Sketch of the medical history of the native army of Bombay, for the year
Year: 1875
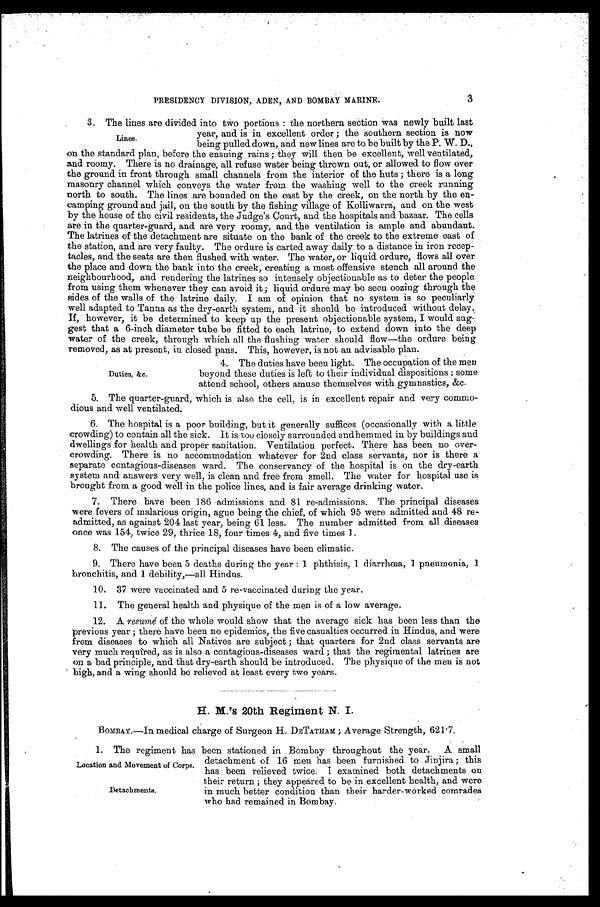
3
PRESIDENCY DIVISION, ADEN, AND BOMBAY MARINE.
3. The lines are divided into two portions: the northern section was newly built last
year, and is in excellent order; the southern section is now
being pulled down, and new lines are to be built by the P. W. D.,
on the standard plan, before the ensuing rains; they will then be excellent, well ventilated,
and roomy. There is no drainage, all refuse water being thrown out, or allowed to flow over
the ground in front through small channels from the interior of the huts; there is a long
masonry channel which conveys the water from the washing well to the creek running
north to south. The lines are bounded on the east by the creek, on the north by the e
n -
camping ground and jail, on the south by the fishing village of Kolliwarra, and on the west
by the house of the civil residents, the Judge's Court, and the hospitals and bazaar. The cells
are in the quarter-guard, and are very roomy, and the ventilation is ample and abundant.
The latrines of the detachment are situate on the bank of the creek to the extreme east of
the station, and are very faulty. The ordure is carted away daily to a distance in iron recep
-
tacles, and the seats are then flushed with water. The water, or liquid ordure, flows all over
the place and down the bank into the creek, creating a most offensive stench all around the
neighbourhood, and rendering the latrines so intensely objectionable as to deter the people
from using them whenever they can avoid it; liquid ordure may be seen oozing through the
sides of the walls of the latrine daily. I am of opinion that no system is so peculiarly
well adapted to Tanna as the dry-earth system, and it should be introduced without delay.
If, however, it be determined to keep up the present objectionable system, I would sug
gest that a 6-inch diameter tube be fitted to each latrine, to extend down into the deep
water of the creek, through which all the flushing water should flow—the ordure being
removed, as at present, in closed pans. This, however, is not an advisable plan.
4. The duties have been light. The occupation of the men
beyond these duties is left to their individual dispositions: some
attend school, others amuse themselves with gymnastics, &c.
5. The quarter-guard, which is also the cell, is in excellent repair and very commo
-
dious and well ventilated.
6. The hospital is a poor building, but it generally suffices (occasionally with a little
crowding) to contain all the sick. It is too closely surrounded and hemmed in by buildings and
dwellings for health and proper sanitation. Ventilation perfect. There has been no over
-
crowding. There is no accommodation whatever for 2nd class servants, nor is there a
separate contagious-diseases ward. The conservancy of the hospital is on the dry-earth
system and answers very well, is clean and free from smell. The water for hospital use is
brought from a good well in the police lines, and is fair average drinking water.
7. There have been 186 admissions and 81 re-admissions. The principal diseases
were fevers of malarious origin, ague being the chief, of which 95 were admitted and 48 re
-
admitted, as against 204 last year, being 61 less. The number admitted from all diseases
once was 154, twice 29, thrice 18, four times 4, and five times 1.
8 . T h e c a u s e s o f t h e p r i n c i p a l d i s e a s e s h a v e b e e n c l i m a t i c .
9. There have been 5 deaths during the year: 1 phthisis, 1 diarrhœa, 1 pneumonia, 1
bronchitis, and 1 debility,—all Hindus.
10. 37 were vaccinated and 5 re-vaccinated during the year.
1 1 . T h e g e n e r a l h e a l t h a n d p h y s i q u e o f t h e m e n i s o f a l o w a v e r a g e .
12. A resumé of the whole would show that the average sick has been less than the
previous year; there have been no epidemics, the five casualties occurred in Hindus, and were
from diseases to which all Natives are subject; that quarters for 2nd class servants are
very much required, as is also a contagious-diseases ward; that the regimental latrines are
on a bad principle, and that dry-earth should be introduced. The physique of the men is not
high, and a wing should be relieved at least every two years.
H. M.'s 20th Regiment N. I.
BOMBAY.—In medical charge of Surgeon H. DETATHAM; Average Strength, 621.7.
1. The regiment has been stationed in Bombay throughout the year. A small
detachment of 16 men has been furnished to Jinjira; this
has been relieved twice. I examined both detachments on
their return; they appeared to be in excellent health, and were
in much better condition than their harder-worked comrades
who had remained in Bombay.
Lines.
Duties, &c.
Location and Movement of Corps.
Detachments.